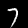
Label: 7